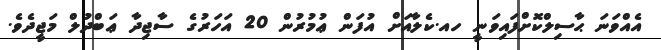
އެއްވަނަ ޙާސިލްކޮށްފައިވަނީ ހއ.ކެލާއަށް އުފަން ޢުމުރުން 20 އަހަރުގެ ސާޖިދާ ޢަބްދުލް މަޖީދެވެ.